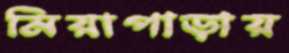
মিয়াপাড়ায়